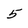
Character: 5